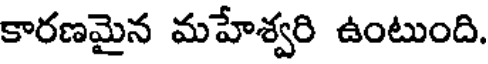
కారణమైన మహేశ్వరి ఉంటుంది.